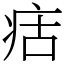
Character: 㽽